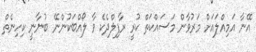
އޭނާ އަމިއްލައަށް މަރުވާން މަސައްކަތް ކުރީ ރާފިލްދެކެ ވާ ލޯއްބަކުންނޭ ބުނާނީ ކިހިނެތް